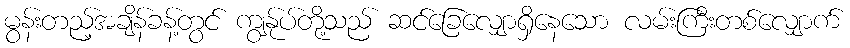
မွန်းတည့်အချိန်ခန့်တွင် ကျွန်ုပ်တို့သည် ဆင်ခြေလျှောရှိနေသော လမ်းကြီးတစ်လျှောက်